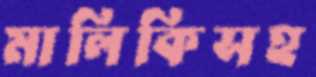
মালিকিসহ